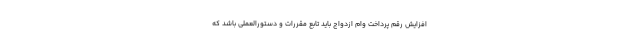
افزایش رقم پرداخت وام ازدواج باید تابع مقررات و دستورالعملی باشد که